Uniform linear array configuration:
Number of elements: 64
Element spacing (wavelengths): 0.25
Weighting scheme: hamming
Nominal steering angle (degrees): -60
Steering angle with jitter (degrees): -60.919
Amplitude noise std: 0.05
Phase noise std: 0.05

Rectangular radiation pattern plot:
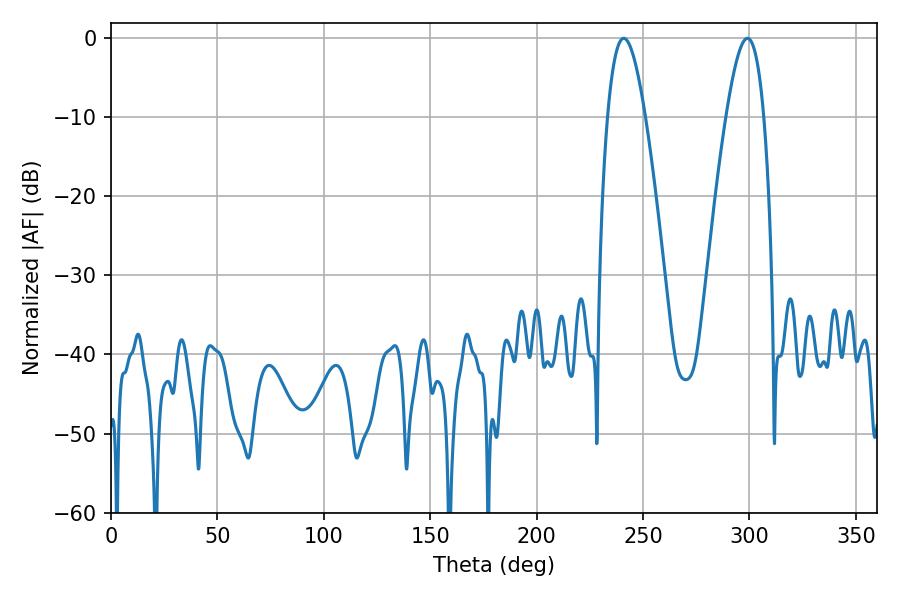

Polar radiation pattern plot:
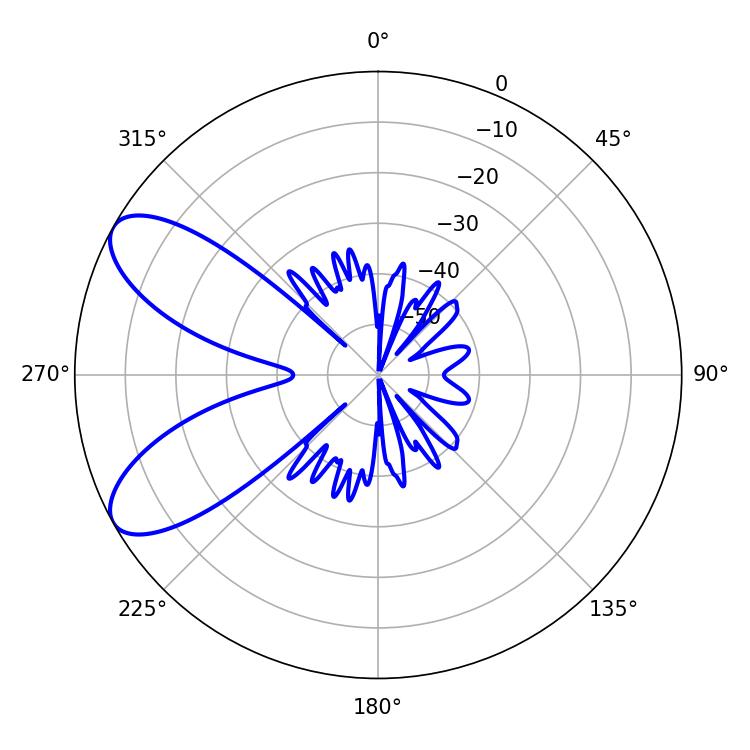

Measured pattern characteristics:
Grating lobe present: FALSE
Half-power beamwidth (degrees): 9.54
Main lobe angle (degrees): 298.98